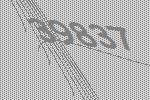
39837